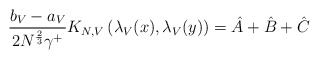
\begin{align*}\frac{b_V - a_V}{2N^{\frac{2}{3}}\gamma^+ } K_{N,V} \left( \lambda_V (x) , \lambda_V(y) \right) = \hat{A} + \hat{B} + \hat{C}\end{align*}